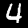
Digit: 4